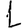
Digit: 1